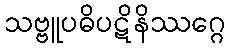
သဗ္ဗူပဓိပဋိနိဿဂ္ဂေ